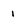
Character: 1